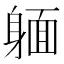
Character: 𨉥